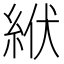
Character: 絥